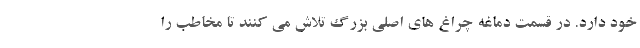
خود دارد. در قسمت دماغه چراغ های اصلی بزرگ تلاش می کنند تا مخاطب را